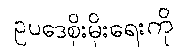
ဥပဒေစိုးမိုးရေးကို